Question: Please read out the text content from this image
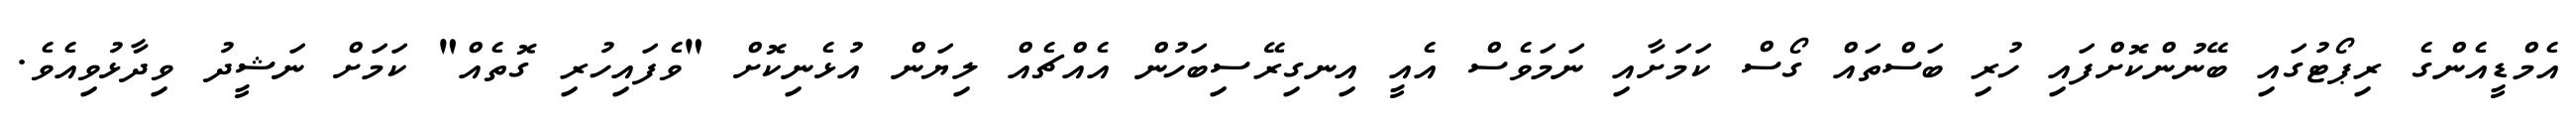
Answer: އެމްޑީއެންގެ ރިޕޯޓުގައި ބޭނުންކޮށްފައި ހުރި ބަސްތައް ގޯސް ކަމަށާއި ނަމަވެސް އެއީ އިނގިރޭސިބަހުން އެއްޗެއް ލިޔަން އުޅެނިކޮށް "ވެފައިހުރި ގޮތެއް" ކަމަށް ނަޝީދު ވިދާޅުވިއެވެ.